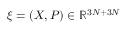
\ensuremath { \boldsymbol { \xi } } = ( \ensuremath { \boldsymbol { X } } , \ensuremath { \boldsymbol { P } } ) \in \mathbb { R } ^ { 3 N + 3 N }